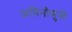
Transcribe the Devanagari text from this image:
जमिनीमुळे